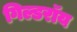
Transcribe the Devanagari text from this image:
गिल्डरॉय